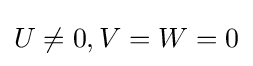
U\neq 0,V=W=0